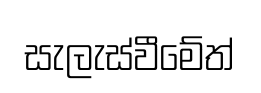
සැලැස්වීමේත්